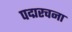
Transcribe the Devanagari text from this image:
पद्मरचना